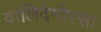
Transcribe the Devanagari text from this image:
वालिदेमोस्सा